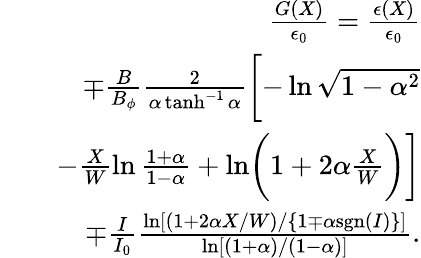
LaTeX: \begin{array}{rlr}&{}&{\frac{G(X)}{\epsilon_{0}}=\frac{\epsilon(X)}{\epsilon_{0}}}\\ &{}&{\mp\frac{B}{B_{\phi}}\frac{2}{\alpha\operatorname{tanh}^{-1}\alpha}\biggl[-\ln\sqrt{1-\alpha^{2}}}\\ &{}&{-\frac{X}{W}\ln\frac{1+\alpha}{1-\alpha}+\ln\biggl(1+2\alpha\frac{X}{W}\biggr)\biggr]}\\ &{}&{\mp\frac{I}{I_{0}}\frac{\ln[(1+2\alpha X/W)/\{ 1\mp\alpha\mathrm{sgn}(I)\} ]}{\ln[(1+\alpha)/(1-\alpha)]}.}\end{array}